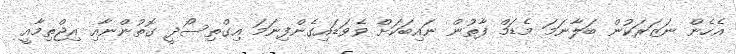
އެހެން ނަޒަރަކުން ބަލާނަމަ މެޑަމް ފާތުން ނައިބަކަށް ވެވަޑައިގެންފިނަމަ އިގްތިސޯދީ ގޮތުންނާއި އިޖްތިމާއީ